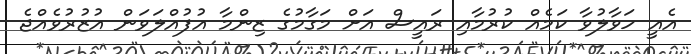
އެއީ ހަވާލުވާ ކަމެއް ކުރުމާއި ރައީސް އަށް މަގާމުގެ ޒިންމާ އުފުއްލަވަން އުޒުރުވެއްޖެ